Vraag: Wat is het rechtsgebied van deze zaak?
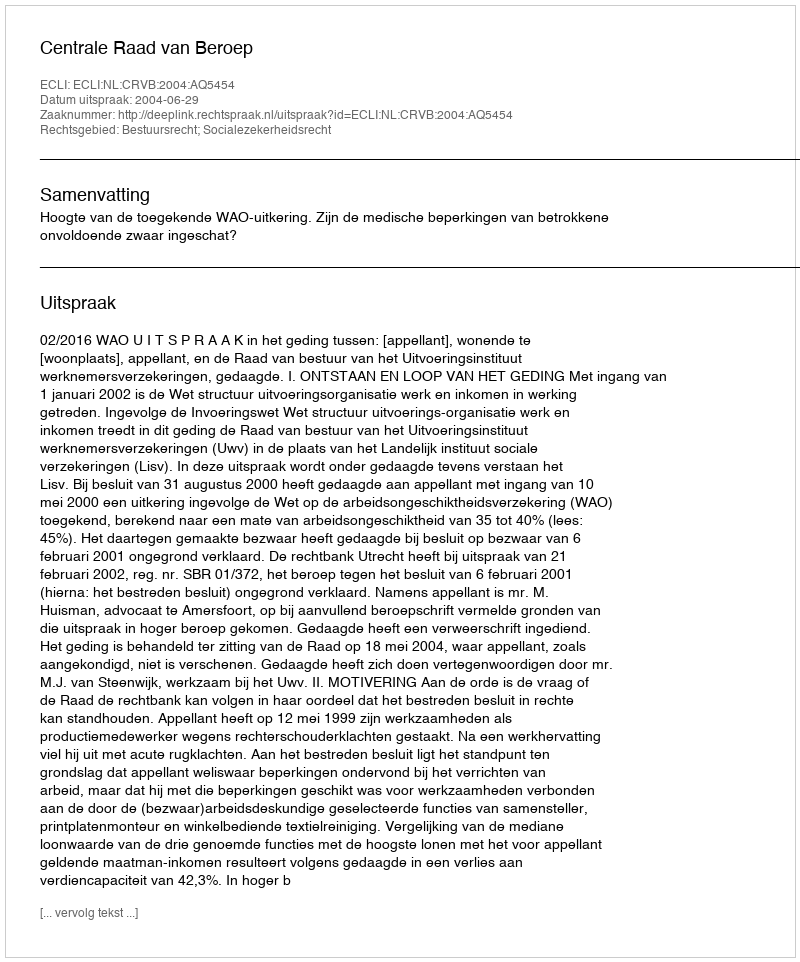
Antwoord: Bestuursrecht; Socialezekerheidsrecht